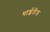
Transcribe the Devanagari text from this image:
थाईलेंड